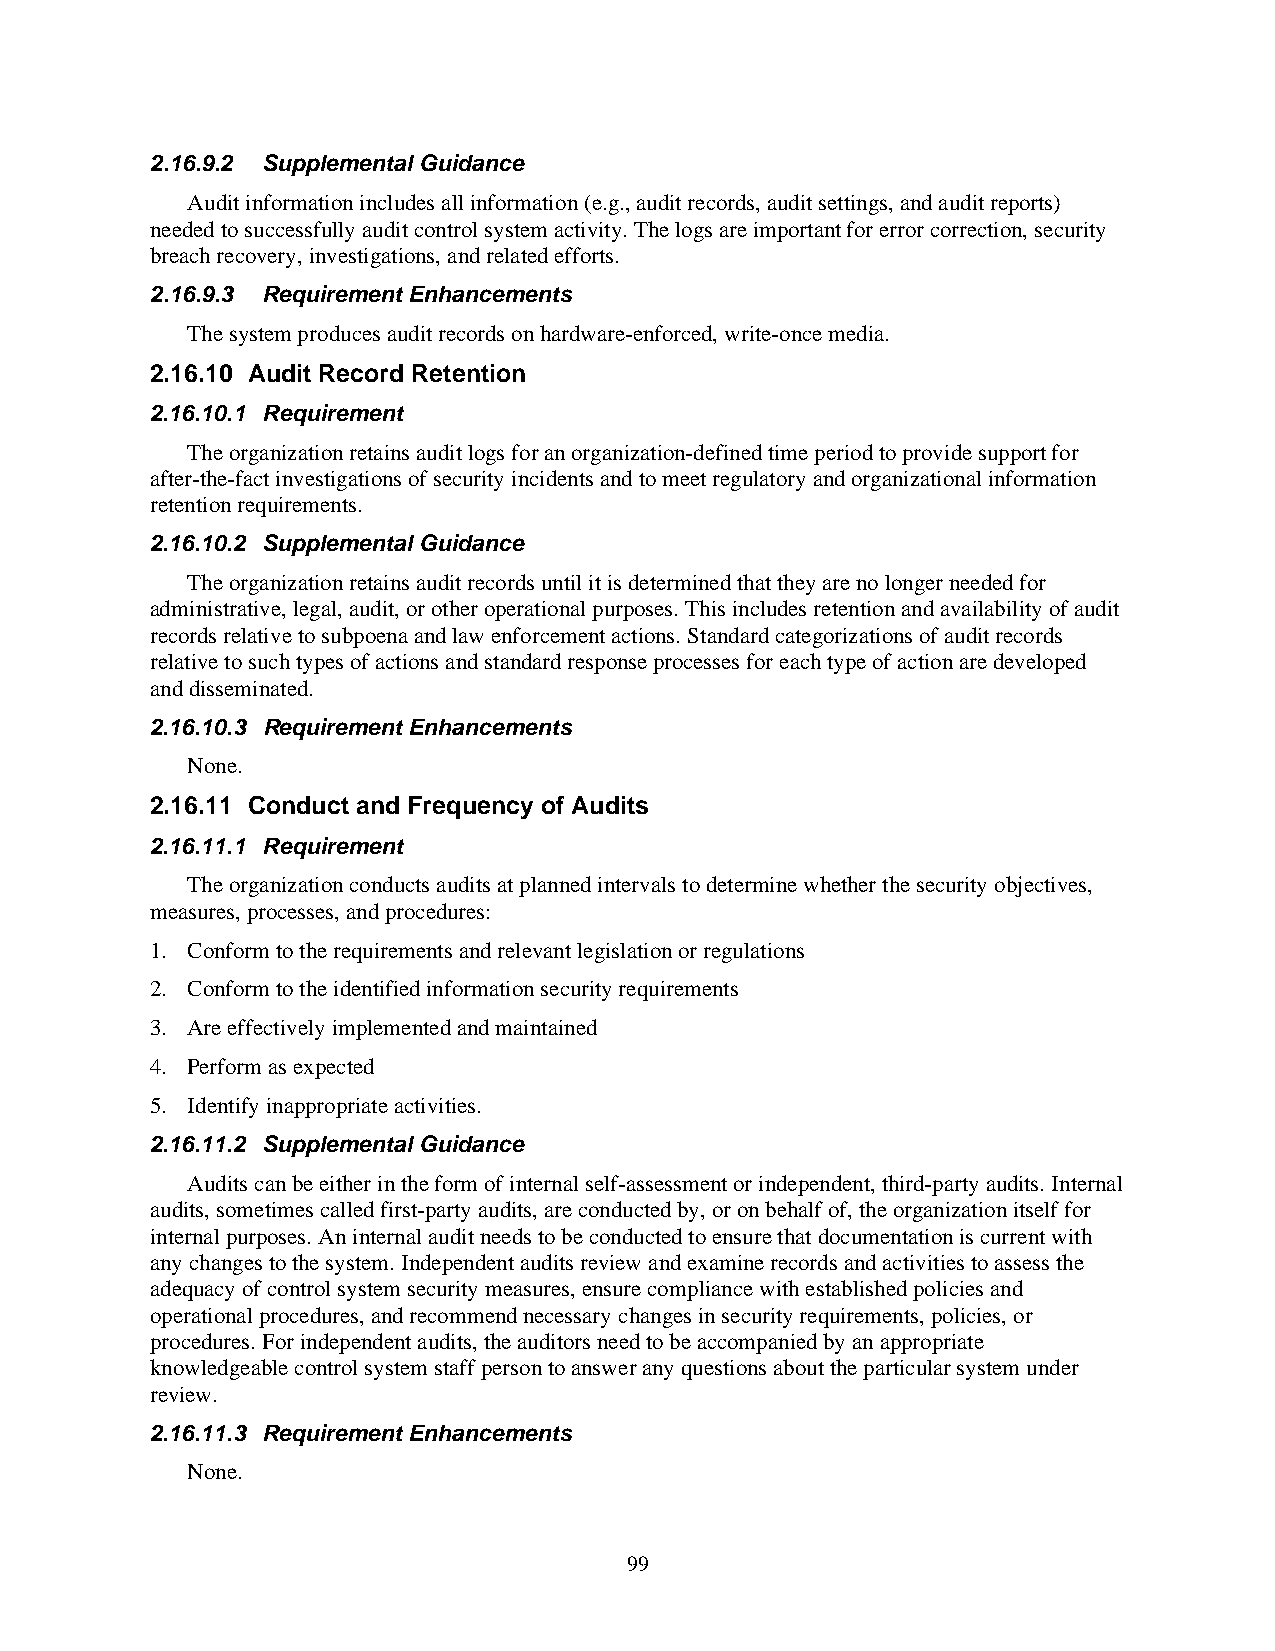
2.16.9.2 Supplemental Guidance
 Audit information includes all information (e.g., audit records, audit settings, and audit reports)
 needed to successfully audit control system activity. The logs are important for error correction, security
 breach recovery, investigations, and related efforts.
 2.16.9.3 Requirement Enhancements
 The system produces audit records on hardware-enforced, write-once media.
 2.16.10 Audit Record Retention
 2.16.10.1 Requirement
 The organization retains audit logs for an organization-defined time period to provide support for
 after-the-fact investigations of security incidents and to meet regulatory and organizational information
 retention requirements.
 2.16.10.2 Supplemental Guidance
 The organization retains audit records until it is determined that they are no longer needed for
 administrative, legal, audit, or other operational purposes. This includes retention and availability of audit
 records relative to subpoena and law enforcement actions. Standard categorizations of audit records
 relative to such types of actions and standard response processes for each type of action are developed
 and disseminated.
 2.16.10.3 Requirement Enhancements
 None.
 2.16.11 Conduct and Frequency of Audits
 2.16.11.1 Requirement
 The organization conducts audits at planned intervals to determine whether the security objectives,
 measures, processes, and procedures:
 1. Conform to the requirements and relevant legislation or regulations
 2. Conform to the identified information security requirements
 3. Are effectively implemented and maintained
 4. Perform as expected
 5. Identify inappropriate activities.
 2.16.11.2 Supplemental Guidance
 Audits can be either in the form of internal self-assessment or independent, third-party audits. Internal
 audits, sometimes called first-party audits, are conducted by, or on behalf of, the organization itself for
 internal purposes. An internal audit needs to be conducted to ensure that documentation is current with
 any changes to the system. Independent audits review and examine records and activities to assess the
 adequacy of control system security measures, ensure compliance with established policies and
 operational procedures, and recommend necessary changes in security requirements, policies, or
 procedures. For independent audits, the auditors need to be accompanied by an appropriate
 knowledgeable control system staff person to answer any questions about the particular system under
 review.
 2.16.11.3 Requirement Enhancements
 None.
 99